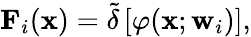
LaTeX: \mathbf{F}_{i}(\mathbf{x})=\tilde{\delta}\left[\varphi(\mathbf{x};\mathbf{w}_{i})\right],